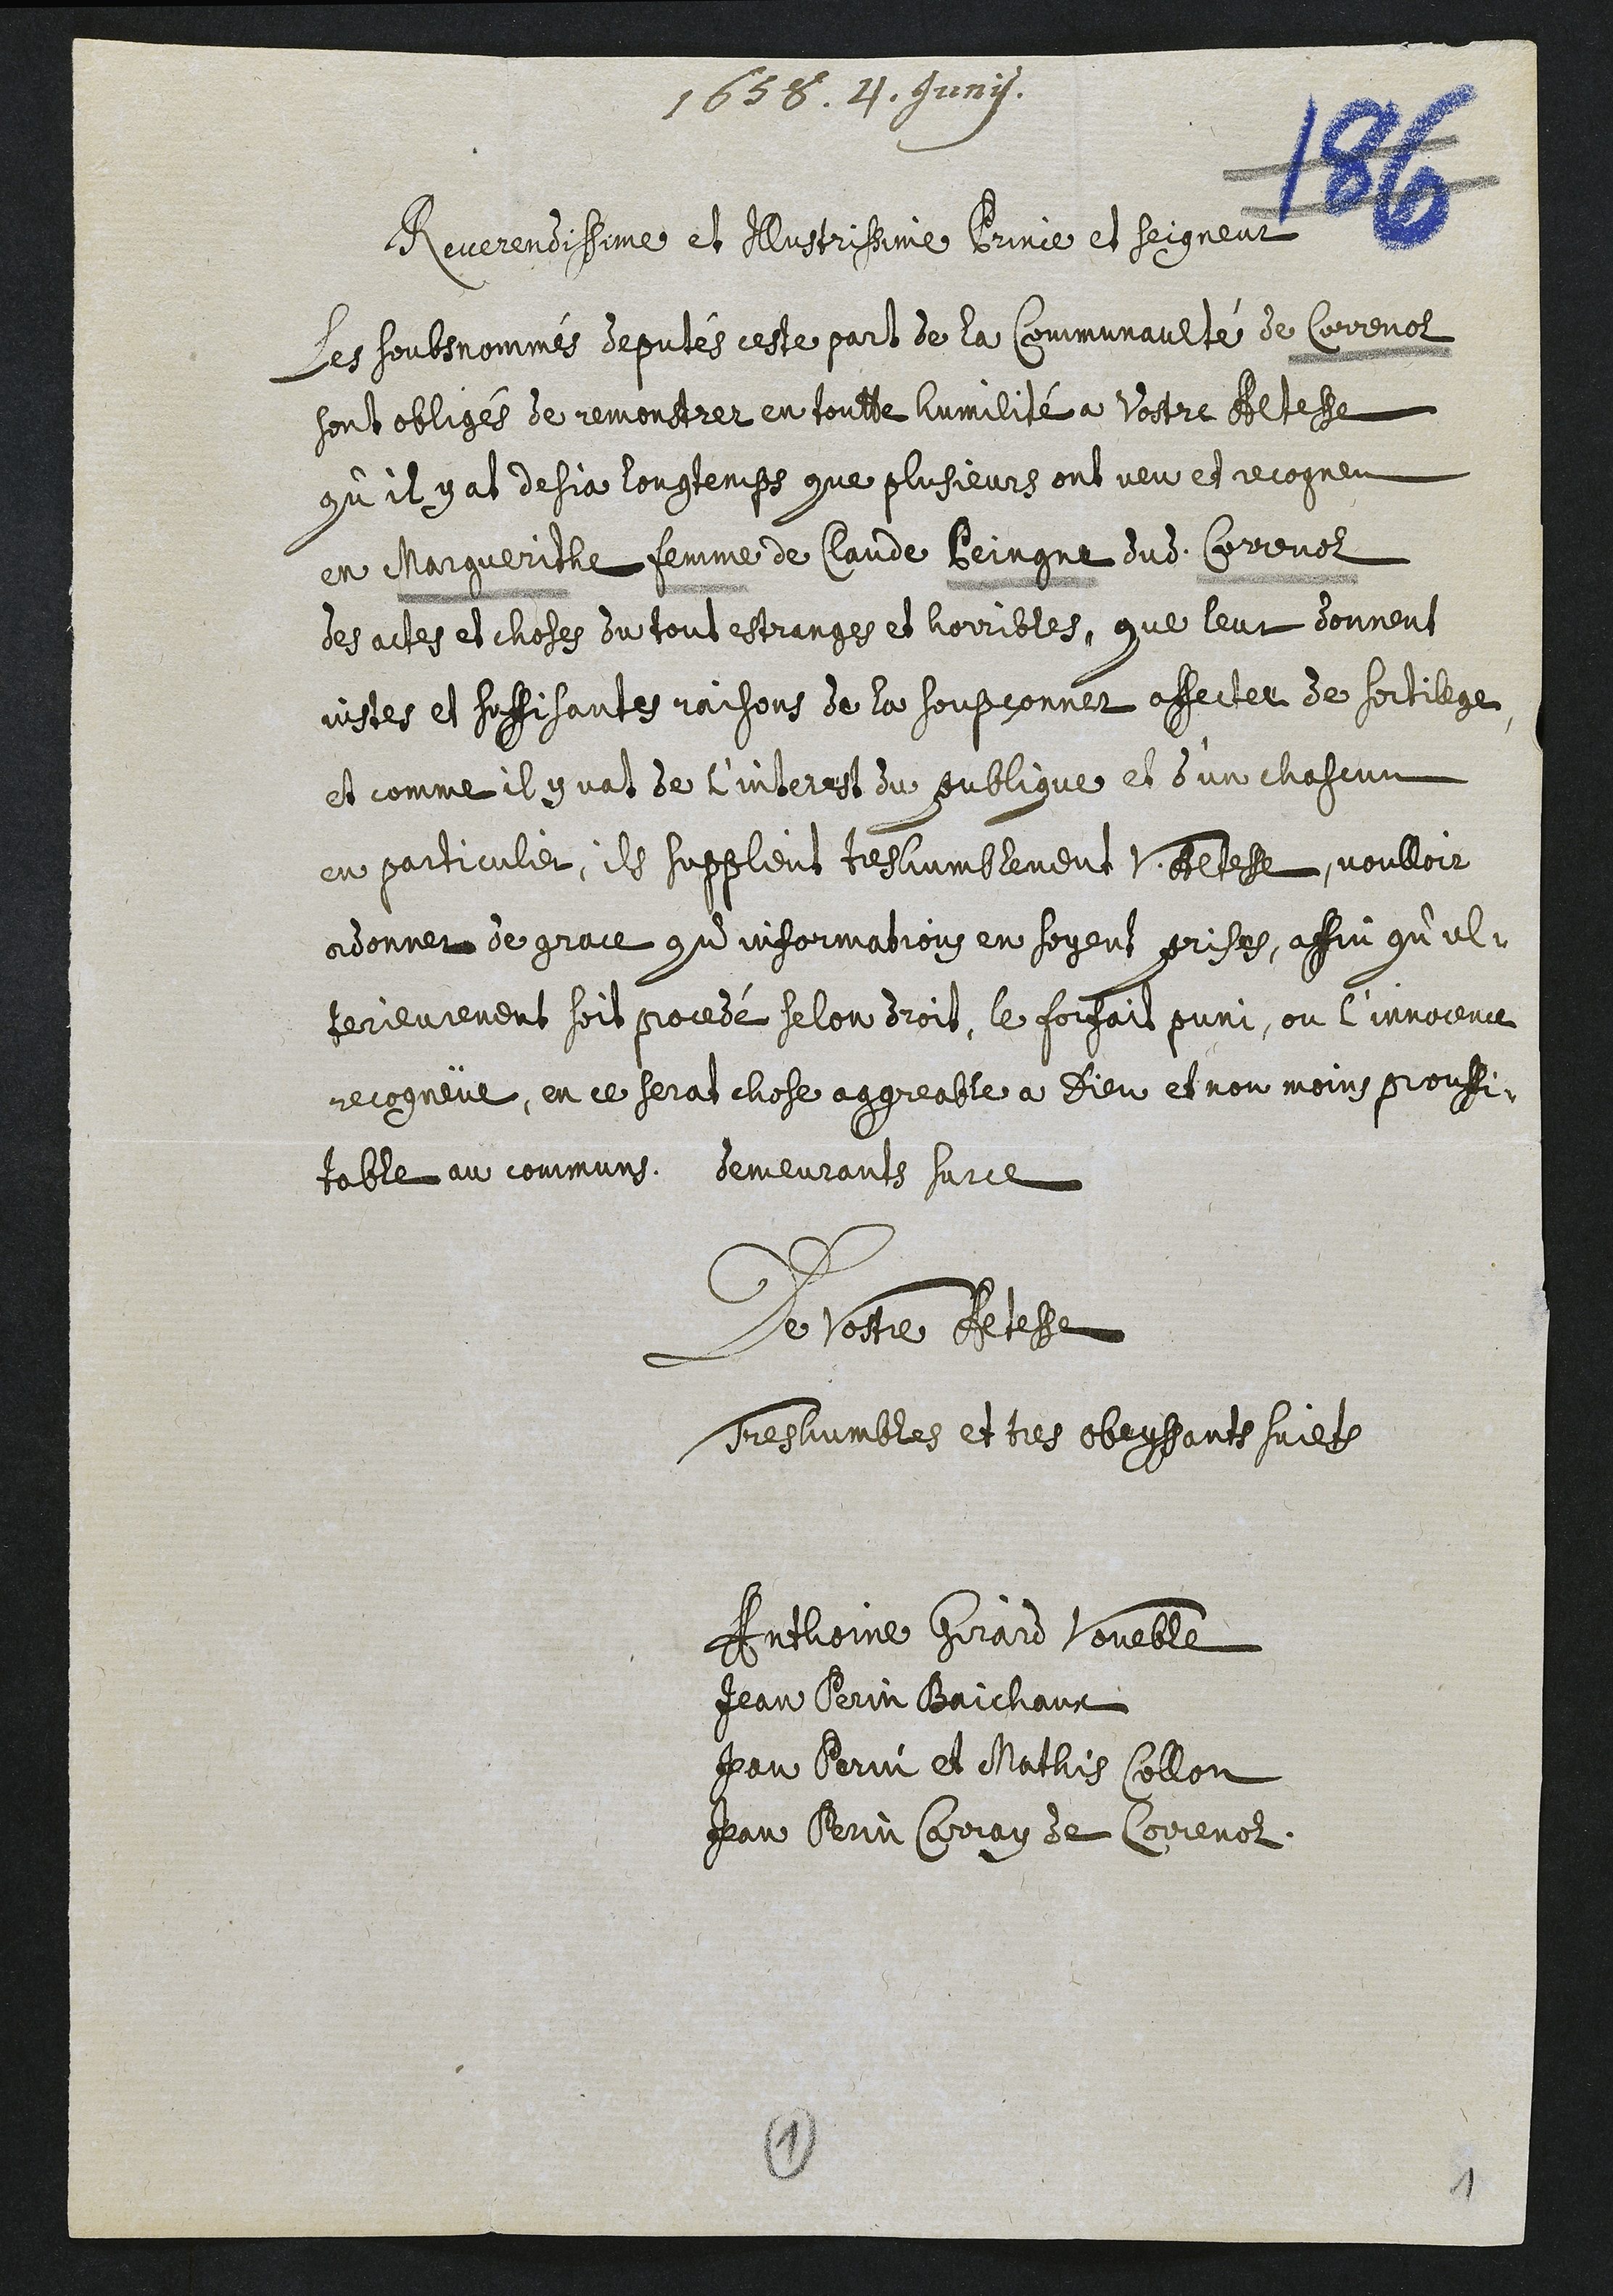
1654
Reverendissime et Illustrissime Prince et Seigneur
Les soubsnommés deputés ceste part de la Communaulté de Correnol
sont obligés de remonstrer en toutte humilité a Vostre Altesse,
qu’il y at desja longtemps que plusieurs ont veu et recogneu
en Margueritte femme de Claude Peingne dudit Correnol
des actes et choses du tout estranges et horribles, que leur donnent
justes et suffisantes raisons de la soupçonner affectee de sortilege
et comme il y vat de l’interest du publique et d’un chascun
en particulier, ils supplient tres humblement V. Altesse voulloir
ordonner de grace qu’informations en soyent prises, affin qu’ul¬
terieurement soit procedé selon droit, le forfait puni, ou l’innocence
recogneüe, en ce serat chose aggreable a Dieu et non moins prouffi¬
table au communs. demeurants surce
De Voste Altesse
Tres humbles et tres obeyssants sujets
Anthoine Girard Voueble
Jean Perin Baichaux
Jean Perin et Mathis Collon
Jean Perin Carray de Correnol
1
1